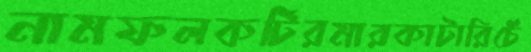
নামফলকটিরমারকাটারিচেঁ